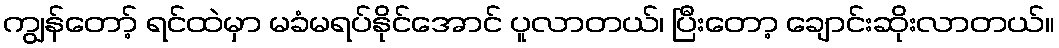
ကျွန်တော့် ရင်ထဲမှာ မခံမရပ်နိုင်အောင် ပူလာတယ်၊ ပြီးတော့ ချောင်းဆိုးလာတယ်။